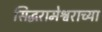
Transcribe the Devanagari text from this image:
सिद्धरामेश्वराच्या